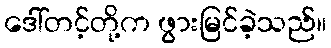
ဒေါ်တင့်တို့က ဖွားမြင်ခဲ့သည်။